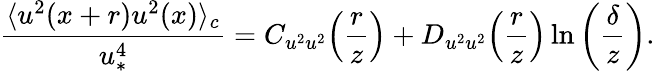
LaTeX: \frac{\langle u^{2}(x+r)u^{2}(x)\rangle_{c}}{u_{\ast}^{4}}=C_{u^{2}u^{2}}\! \left(\frac{r}{z}\right)+D_{u^{2}u^{2}}\! \left(\frac{r}{z}\right)\ln\left(\frac{\delta}{z}\right).